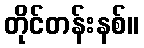
တိုင်တန်းနစ်။